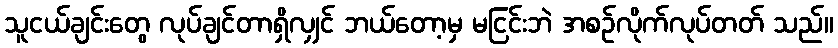
သူငယ်ချင်းတွေ လုပ်ချင်တာရှိလျှင် ဘယ်တော့မှ မငြင်းဘဲ အစဉ်လိုက်လုပ်တတ် သည်။